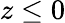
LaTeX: z\le 0